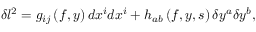
\delta l ^ { 2 } = g _ { i j } \left( f , y \right) d x ^ { i } d x ^ { i } + h _ { a b } \left( f , y , s \right) \delta y ^ { a } \delta y ^ { b } ,